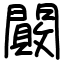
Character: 闝